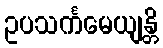
ဥပသင်္ကမေယျန္တိ